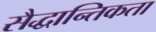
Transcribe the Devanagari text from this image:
सैद्धान्तिकता